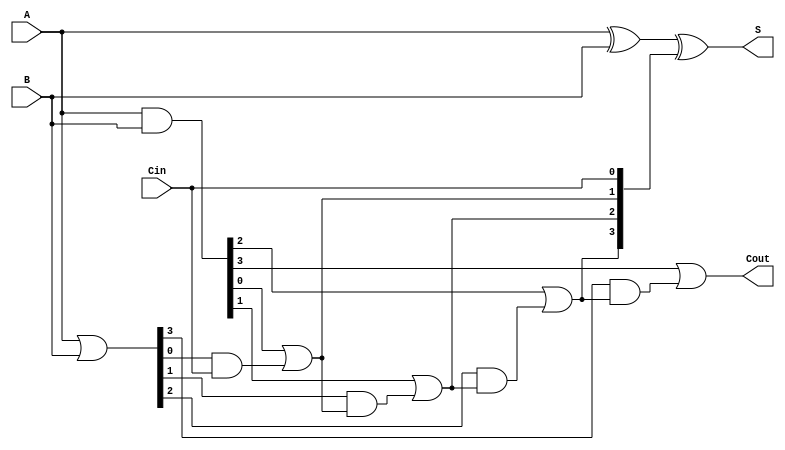
module VLCLA #(parameter N = 4) (
    input  wire [N-1:0] A,      // First n-bit input
    input  wire [N-1:0] B,      // Second n-bit input
    input  wire Cin,             // Carry-in
    output wire [N-1:0] S,       // n-bit sum output
    output wire Cout             // Carry-out
);

    // Generate and Propagate signals
    wire [N-1:0] G; // Generate signals
    wire [N-1:0] P; // Propagate signals
    wire [N:0] C;   // Carry signals

    // Generate and Propagate logic
    assign G = A & B;           // Gi = Ai AND Bi
    assign P = A | B;           // Pi = Ai OR Bi

    // Carry calculation
    assign C[0] = Cin;          // C0 = Cin
    genvar i;
    generate
        for (i = 0; i < N; i = i + 1) begin : carry_calc
            assign C[i + 1] = G[i] | (P[i] & C[i]); // Ci+1 = Gi OR (Pi AND Ci)
        end
    endgenerate

    // Sum calculation
    assign S = A ^ B ^ C[N-1:0]; // Si = Ai XOR Bi XOR Ci

    // Carry-out signal
    assign Cout = C[N]; // Cout = CN

endmodule